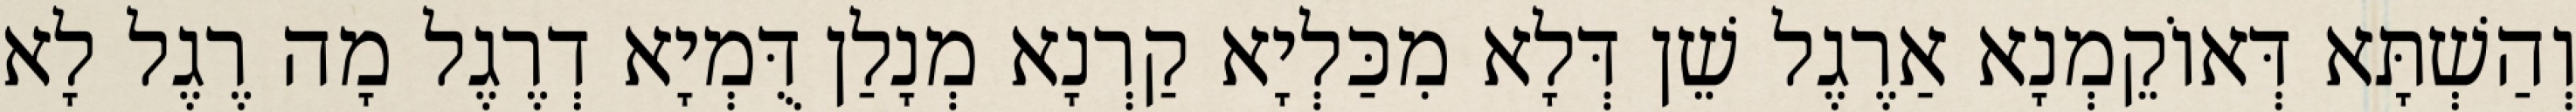
וְהַשְׁתָּא דְּאוֹקֵמְנָא אַרֶגֶל שֵׁן דְּלָא מִכַּלְיָא קַרְנָא מְנָלַן דֻּמְיָא דְרֶגֶל מָה רֶגֶל לָא